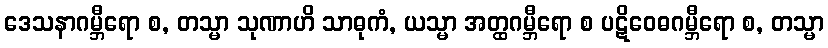
ဒေသနာဂမ္ဘီရော စ, တသ္မာ သုဏာဟိ သာဓုကံ, ယသ္မာ အတ္ထဂမ္ဘီရော စ ပဋိဝေဓဂမ္ဘီရော စ, တသ္မာ